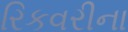
રિકવરીના